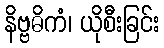
နိဗ္ဗဓိကံ၊ ယိုစီးခြင်း